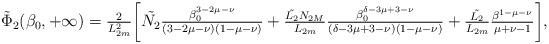
LaTeX: \begin{align*} \Tilde{\Phi}_2(\beta_0,+\infty)=\tfrac{2}{L_{2m}^{2}}\bigg[\tilde{N_2}\tfrac{\beta_0^{3-2\mu-\nu}}{(3-2\mu-\nu)(1-\mu-\nu)}+ \tfrac{\tilde{L_2}N_{2M}}{L_{2m}}\tfrac{\beta_0^{\delta-3\mu+3-\nu}}{(\delta-3\mu+3-\nu)(1-\mu-\nu)}+\tfrac{\tilde{L_2}}{L_{2m}}\tfrac{\beta^{1-\mu-\nu}}{{\mu+\nu-1}}\bigg],\end{align*}